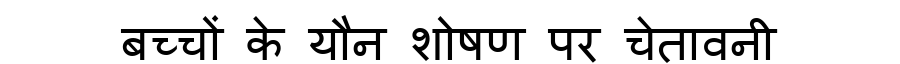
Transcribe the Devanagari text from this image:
बच्चों के यौन शोषण पर चेतावनी